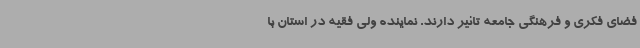
فضای فکری و فرهنگی جامعه تاثیر دارند. نماینده ولی فقیه در استان با